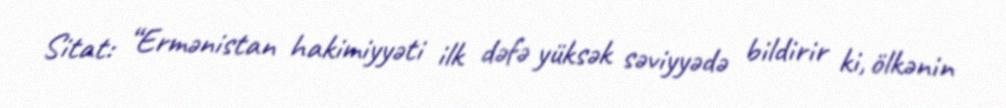
Sitat: “Ermənistan hakimiyyəti ilk dəfə yüksək səviyyədə bildirir ki, ölkənin